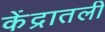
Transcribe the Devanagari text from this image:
केंद्रातली